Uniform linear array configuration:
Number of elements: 48
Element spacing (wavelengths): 0.75
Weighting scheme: cosine
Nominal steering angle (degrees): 15
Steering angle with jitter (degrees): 15.126
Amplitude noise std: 0.05
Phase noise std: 0.05

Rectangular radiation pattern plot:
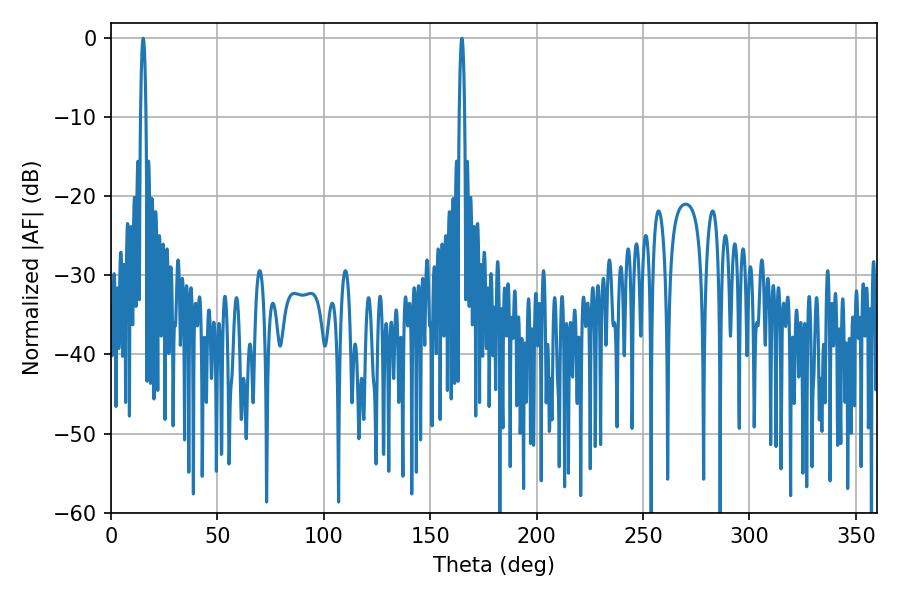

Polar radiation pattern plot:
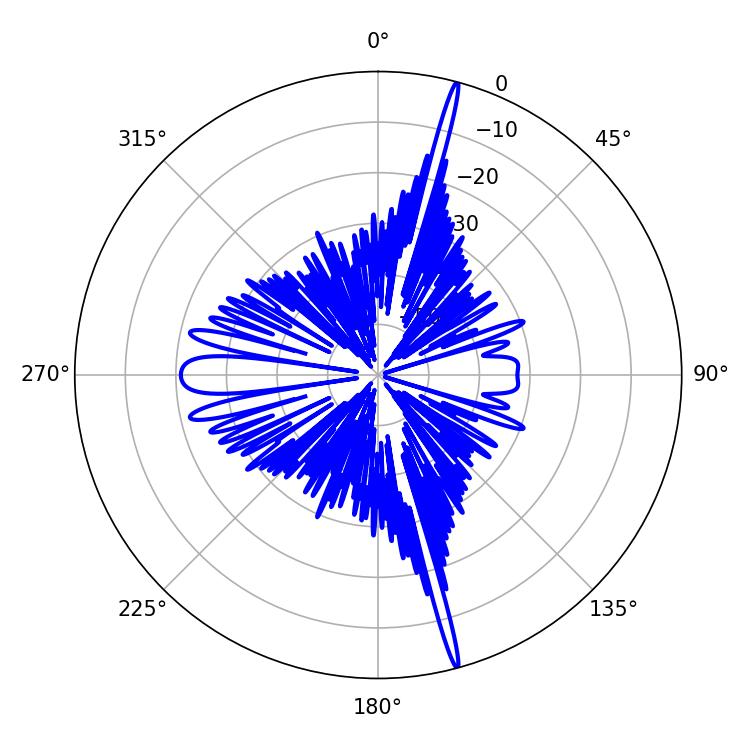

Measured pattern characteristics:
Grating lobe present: TRUE
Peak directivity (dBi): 22.036
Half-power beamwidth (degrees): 1.44
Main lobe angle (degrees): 15.12